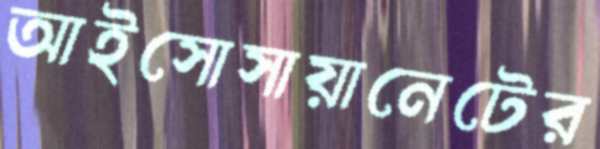
আইসোসায়ানেটের